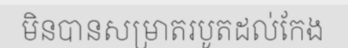
មិនបានសម្រាតរបូតដល់កែង